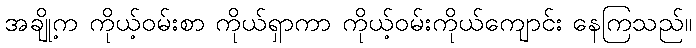
အချို့က ကိုယ့်ဝမ်းစာ ကိုယ်ရှာကာ ကိုယ့်ဝမ်းကိုယ်ကျောင်း နေကြသည်။